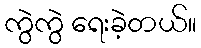
ကွဲကွဲ ရေးခဲ့တယ်။